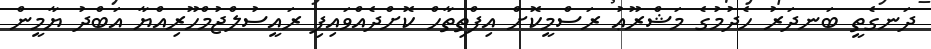
ދަނގެތީ ބަނދަރު ހެދުމުގެ މަޝްރޫޢު ރަސްމީކޮށް އިފްތިތާހް ކޮށްދެއްވައިފި ރައީސުލްޖުމްހޫރިއްޔާ އަބްދު ޔާމީން